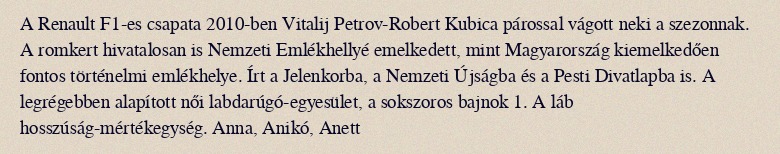
A Renault F1-es csapata 2010-ben Vitalij Petrov-Robert Kubica párossal vágott neki a szezonnak. A romkert hivatalosan is Nemzeti Emlékhellyé emelkedett, mint Magyarország kiemelkedően fontos történelmi emlékhelye. Írt a Jelenkorba, a Nemzeti Újságba és a Pesti Divatlapba is. A legrégebben alapított női labdarúgó-egyesület, a sokszoros bajnok 1. A láb hosszúság-mértékegység. Anna, Anikó, Anett